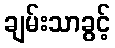
ချမ်းသာခွင့်